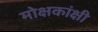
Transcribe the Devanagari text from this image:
मोक्षकांक्षी